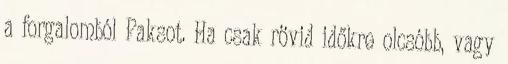
a forgalomból Paksot. Ha csak rövid időkre olcsóbb, vagy